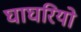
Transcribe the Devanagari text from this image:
घाघरियो